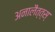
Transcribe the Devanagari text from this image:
अनालैत्त्स्